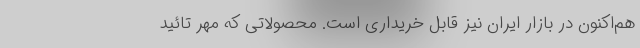
هم‌اکنون در بازار ایران نیز قابل خریداری است. محصولاتی که مهر تائید